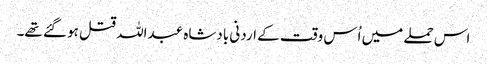
اس حملے میں اُس وقت کے اردنی بادشاہ عبداللہ قتل ہو گئے تھے۔